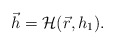
\begin{align*}\vec{h} = \mathcal{H} ( \vec{r}, h_1 ) . \end{align*}